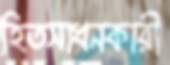
হিতসাধনকারী